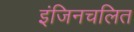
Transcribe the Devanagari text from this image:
इंजिनचलित